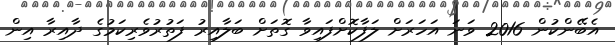
އެބޭންކުން 2016 ވަނަ އަހަރަށް ލަފާކޮށްފައިވާ ގޮތަށް ބަލާއިރު ފަތުރުވެރިކަމުގެ ދާއިރާ އިން